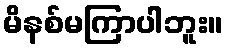
မိနစ်မကြာပါဘူး။